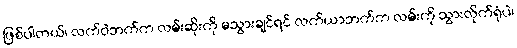
ဖြစ်ပါတယ်၊ လက်ဝဲဘက်က လမ်းဆိုးကို မသွားချင်ရင် လက်ယာဘက်က လမ်းကို သွားလိုက်ရုံပဲ၊